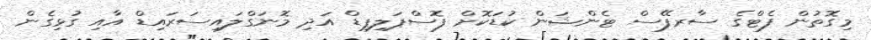
މިގޮތުން ފެޓްގެ ސާރފޭސް ޓެންޝަން ކުޑަކޮށް ފޮސްޕަލިޕިޑް އަދި މޮނަގްލައިސަރައިޑް އާއި ގުޅިގެން